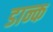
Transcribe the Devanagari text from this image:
डान्क